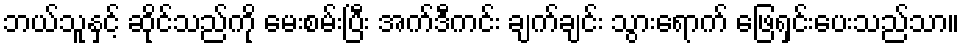
ဘယ်သူနှင့် ဆိုင်သည်ကို မေးစမ်းပြီး အက်ဒီကင်း ချက်ချင်း သွားရောက် ဖြေရှင်းပေးသည်သာ။